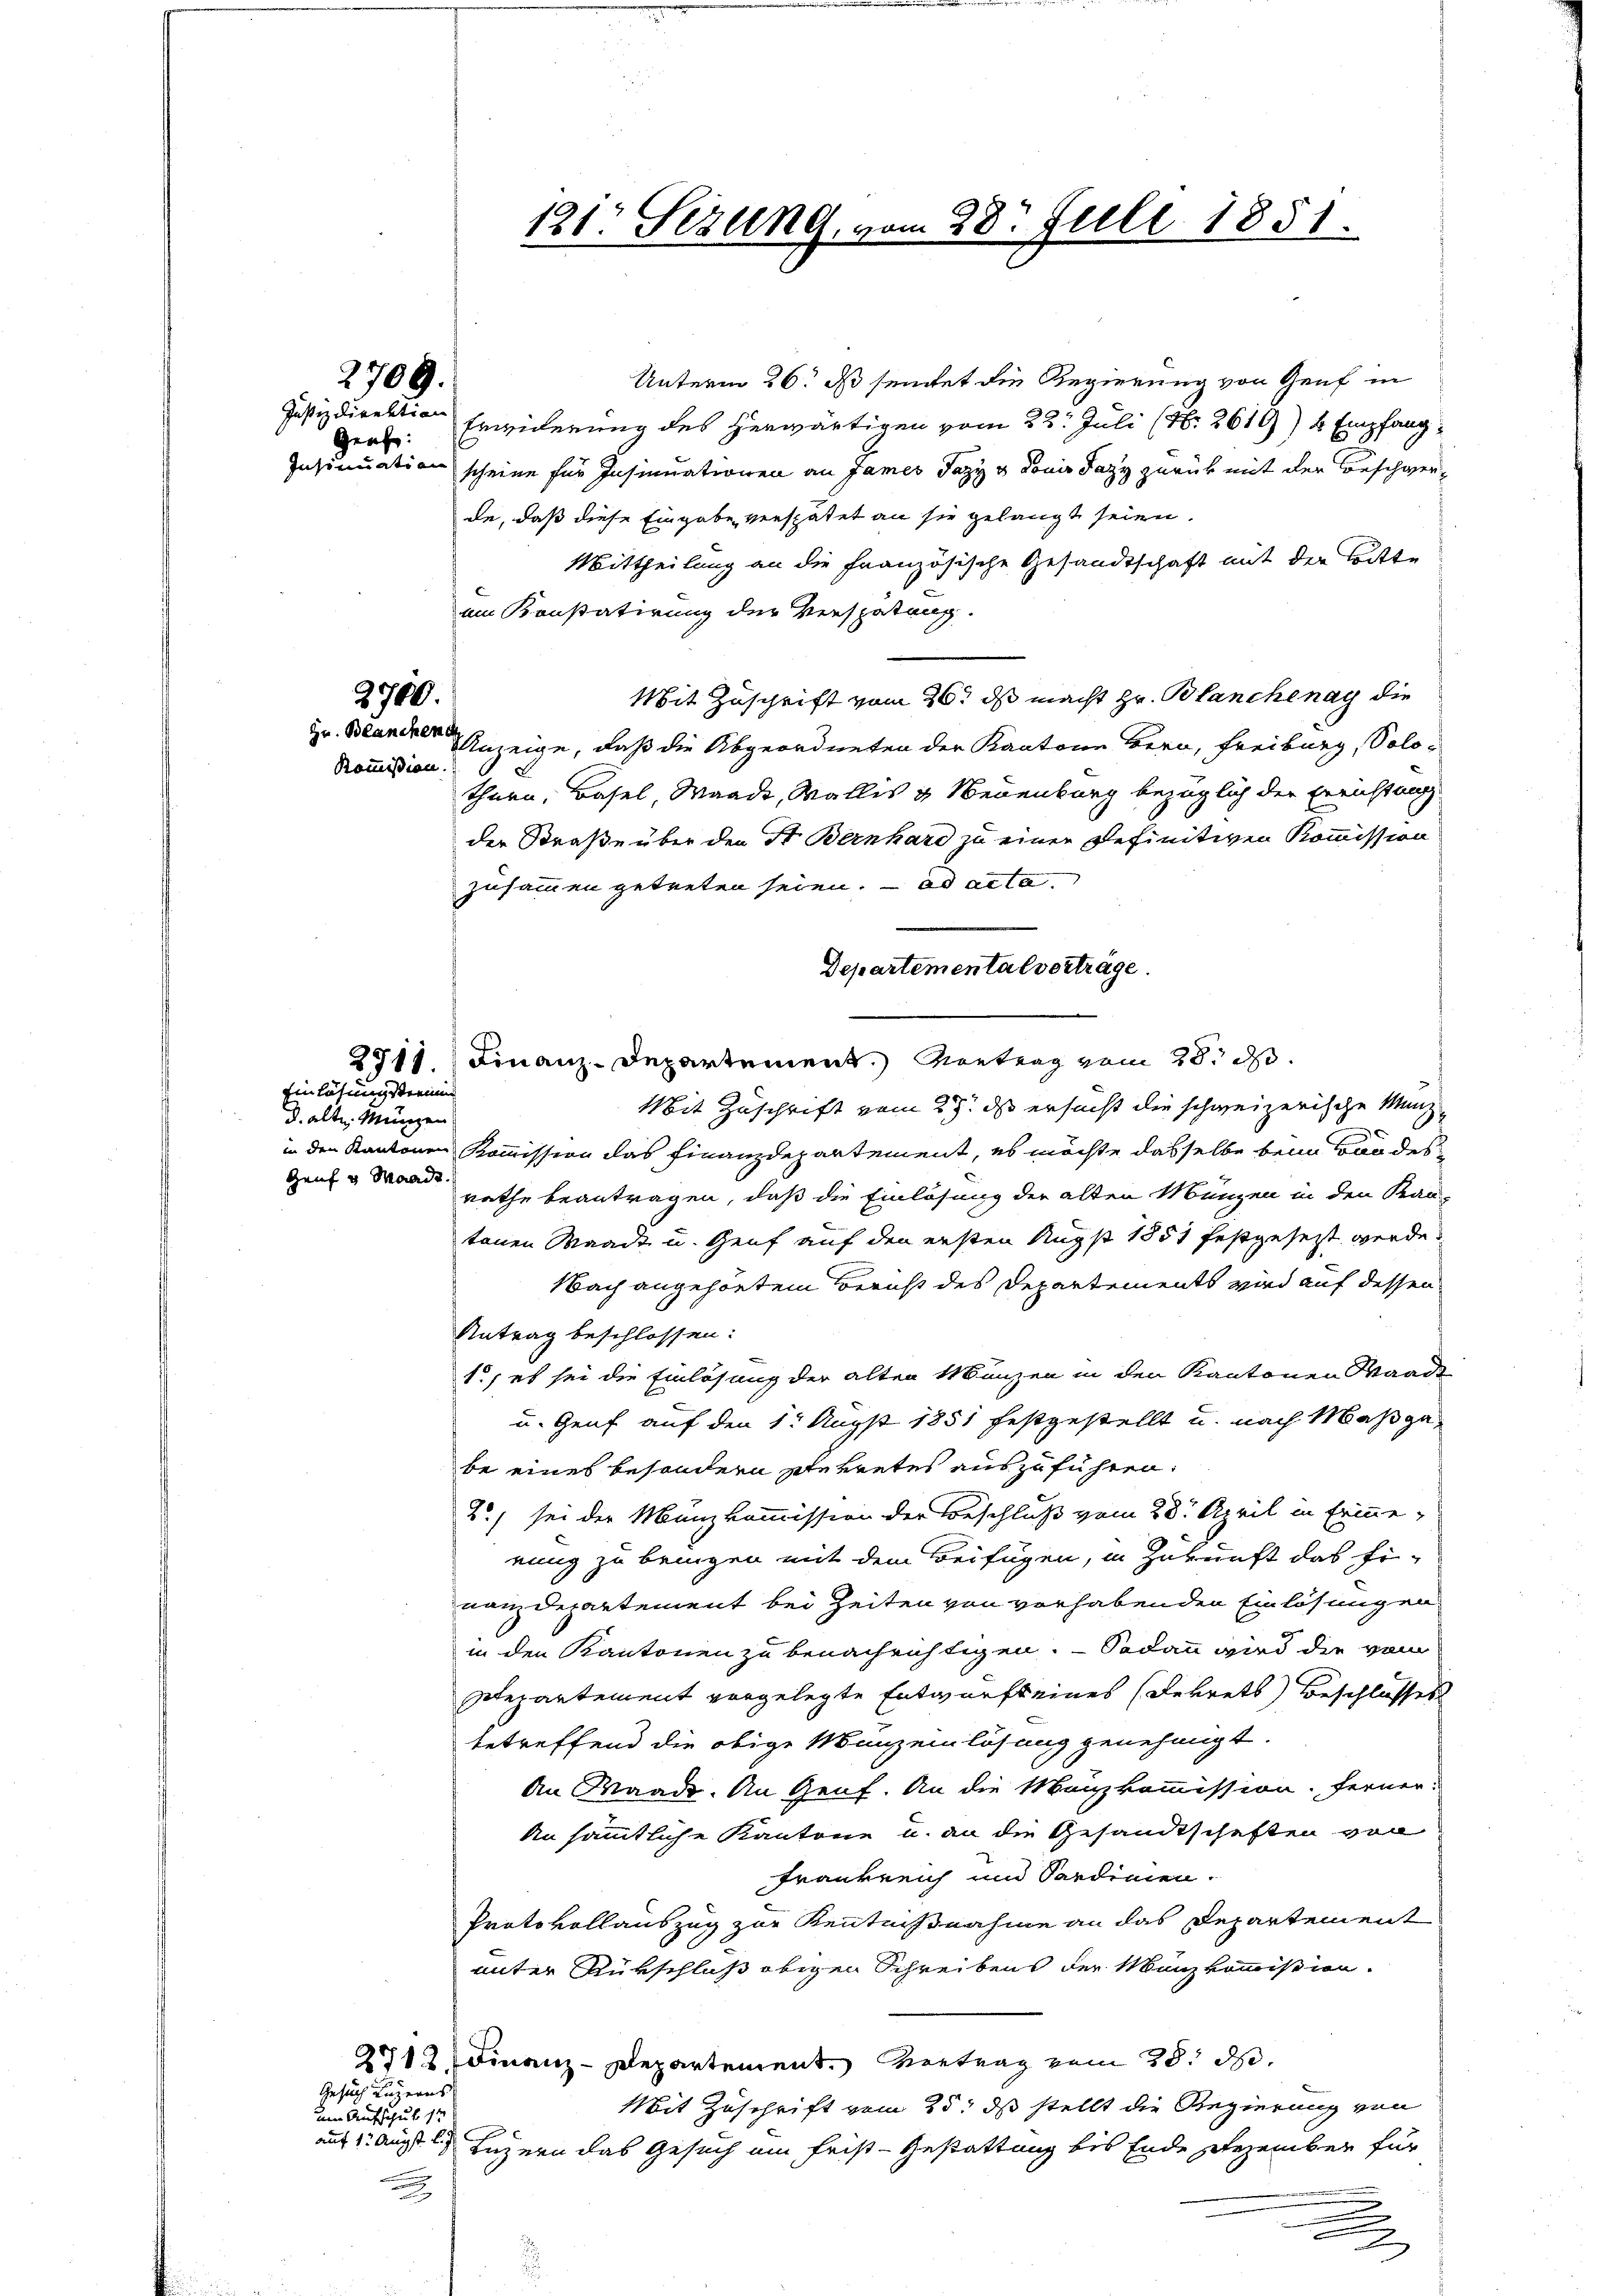
Grafe.

2709.

2700.
Hr. Blanchen
Kommißion.

Einlösung streinen
d. alte Münzen
Genf u. Waadt.

Unterm 26. ds seitet die Regierung von Genf in
Justizdirektion Erwiderung des herwärtigen vom 22. Juli (Nr. 2619) 4 Empfang¬
Insinuation scheine für Insinuationen an James Jazy u donis dazy zurück mit der Beschwerde, daß diese Eingabe verspätet an sie gelangt seien.
Mittheilung an die Französische Gesandtschaft mit der Bitte
am Konstatirung der Verspätung.
Mit Zuschrift vom 26t ds macht Hr. Blanchenay die
Anzeige, daß die Abgeordneten der Kantone Bern, Freiburg, Solothurn, Basel, Waadt, Wallis u Neuenburg bezüglich der Errichtung
der Straße über den St. Bernhard zu einer Definitiven Kommission
zusammen getreten seien. ad acta
Departementalverträge.
2711. Finanz-Departement. Vortrag vom 28. d.
Mit Zuschrift vom 27. ds ersucht die schweizerische Münzin den Kantonen Kommission das Finanzdepartement, es möchte dasselbe beim Bandes
rathe beantragen, daß die Einlösung der alten Münzen in den Kan-
tenen Waadt u. Genf auf den ersten Augst 1851 festgesezt werde.
Nach angehörtem Bericht des Departements wird auf dessen
Antrag beschlossen:
1., es sei die Einlösung der alten Manzen in den Kantonen Waadt
u. Genf auf den 1t Augst 1851 festgestellt u. nach Maßgabe eines besondern gekretes auszuführen.
2) sei der Manzkommission der Beschluß vom 28. April in Erinnerung zu bringen mit dem Beifügen, in Zukunft das Fi-
nan Departement bei Zeiten von vorhabenden Einlösungen
in den Kantonen zu benachrichtigen. — Sodann wird die vom
Departement vorgelegte Entwurfs eines (Bekrets) Beschlusses
betreffend die obige Manz einlösung genehmigt.
An Waadt. An Genf. An die Mankommission. Ferner
An sämmtliche Kantone u. an die Gesandtschaften von
Frankreich und Sardinien.
Protokollauszug zur Kenntnißnahme an das Departement
unter Rükschluß obigen Schreibens der Manzkommission.
2712. Finanz-Departement. Vertrag vom 28. d.
Mit Zuschrift vom 25. ds stellt die Regierung von
auf 1. Augst l. Luzern das Gesuch am Frist- Gestattung bis Ende Dezember für
e
u

Gesuch Luzerns
um Aufschuk 14

121. Sezung, vom 28. Juli 1851.
1